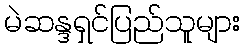
မဲဆန္ဒရှင်ပြည်သူများ